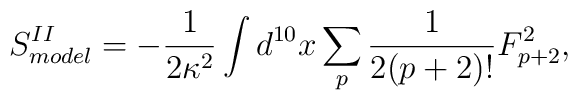
S_{model}^{II} = -\frac{1}{2\kappa^2}\int d^{10}x \sum_p\frac{1}{2(p+2)!} F_{p+2}^2,